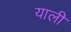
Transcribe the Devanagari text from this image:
याली